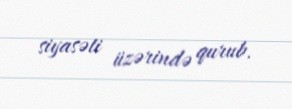
siyasəti üzərində qurub.